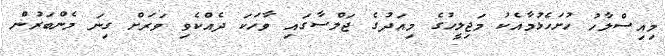
މިއިސްލާހު ހުށަހެޅުމާއެކު މަޖިލީހުގެ މިއަދުގެ ޖަލްސާގައި ވާހަކަ ދެއްްކެވި ވަރަށް ގިނަ މެންބަރުން